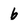
Character: b